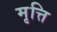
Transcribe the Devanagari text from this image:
मृत्ति